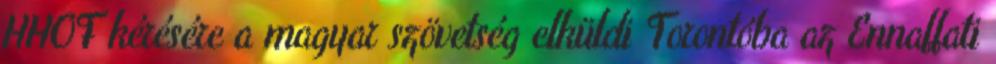
HHOF kérésére a magyar szövetség elküldi Torontóba az Ennaffati